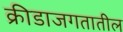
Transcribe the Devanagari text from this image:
क्रीडाजगतातील